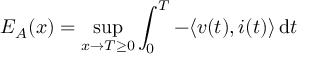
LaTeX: E _ { A } ( x ) = \operatorname* { s u p } _ { x \to T \geq 0 } \int _ { 0 } ^ { T } - \langle v ( t ) , i ( t ) \rangle \, { \mathord { \operatorname { d } } } t